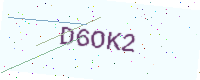
Text: D6OK2